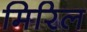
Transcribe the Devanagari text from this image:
मिरिल